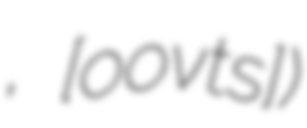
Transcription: խորոված, [χoɾoˈvɑt͡s])